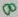
Text: 8